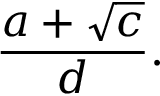
{ \frac { a + { \sqrt { c } } } { d } } .